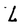
Character: L